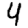
Digit: 4